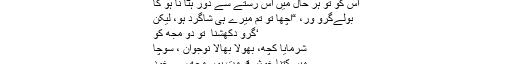
تو
اس کو تو ہر حال میں اس رستے سے دور ہٹا نا ہو گا
بولےگرو ور، “اچھا تو تم میرے ہی شاگرد ہو، لیکن
‘ّگرو دکھشنا ّ تو دو مجھ کو
شرمایا کچھ، بھولا بھالا نوجوان ، سوچا
میں کتنا خوش قسمت ہوں مجھ سے خود
گرو دکھشنا مانگ رہے ہیں ۔